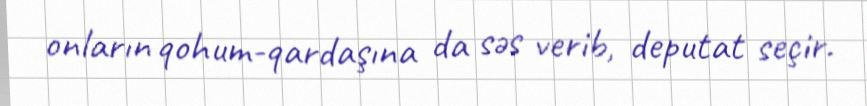
onların qohum-qardaşına da səs verib, deputat seçir.